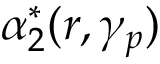
\alpha _ { 2 } ^ { * } ( r , \gamma _ { p } )